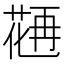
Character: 𱾇